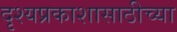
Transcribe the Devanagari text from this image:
दृश्यप्रकाशासाठीच्या